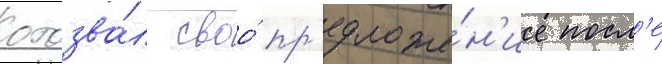
отозва́л своо́ пр'едложе́н'ие посл'е